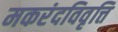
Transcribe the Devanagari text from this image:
मकरंदविवृत्ति